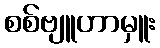
စစ်ဗျူဟာမှူး